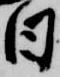
日